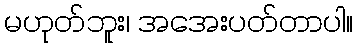
မဟုတ်ဘူး၊ အအေးပတ်တာပါ။